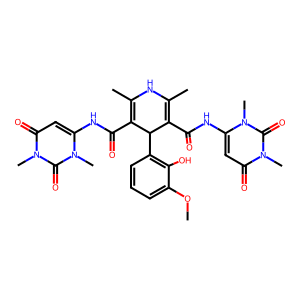
SMILES: COc1cccc(C2C(C(=O)Nc3cc(=O)n(C)c(=O)n3C)=C(C)NC(C)=C2C(=O)Nc2cc(=O)n(C)c(=O)n2C)c1O
Inhibits HIV replication: No